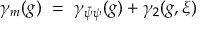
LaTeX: \gamma _ { m } ( g ) ~ = ~ \gamma _ { \bar { \psi } \psi } ( g ) + \gamma _ { 2 } ( g , \xi )